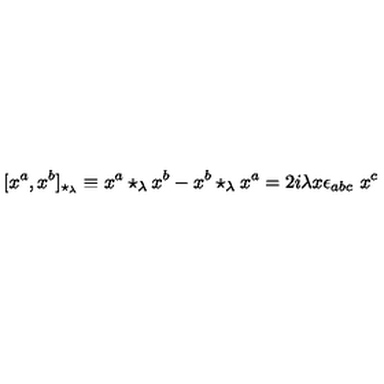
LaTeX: [ x ^ { a } , x ^ { b } ] _ { \star _ { \lambda } } \equiv x ^ { a } \star _ { \lambda } x ^ { b } - x ^ { b } \star _ { \lambda } x ^ { a } = 2 i \lambda x \epsilon _ { a b c } \ x ^ { c }